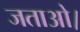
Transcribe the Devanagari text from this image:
जताओ।